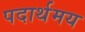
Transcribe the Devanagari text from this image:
पदार्थमय